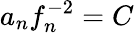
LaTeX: a_{n}f_{n}^{-2}=C